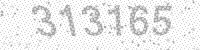
Solution: 313165